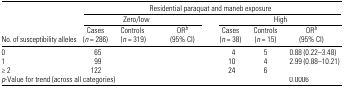
<table><thead><tr><td>[EMPTY_CELL]</td><td colspan="6"><b>Residential paraquat and maneb exposure</b></td></tr><tr><td>[EMPTY_CELL]</td><td colspan="3"><b>Zero/low</b></td><td colspan="3"><b>High</b></td></tr><tr><td><b>No. of susceptibility alleles</b></td><td><b>Cases (<i>n</i> = 286)</b></td><td><b>Controls (<i>n</i> = 319)</b></td><td><b>ORb (95% CI)</b></td><td><b>Cases (<i>n</i> = 38)</b></td><td><b>Controls (<i>n</i> = 15)</b></td><td><b>ORb (95% CI)</b></td></tr></thead><tbody><tr><td>0</td><td>65</td><td>[EMPTY_CELL]</td><td>[EMPTY_CELL]</td><td>4</td><td>5</td><td>0.88 (0.22–3.48)</td></tr><tr><td>1</td><td>99</td><td>[EMPTY_CELL]</td><td>[EMPTY_CELL]</td><td>10</td><td>4</td><td>2.99 (0.88–10.21)</td></tr><tr><td>≥ 2</td><td>122</td><td>[EMPTY_CELL]</td><td>[EMPTY_CELL]</td><td>24</td><td>6</td><td>[EMPTY_CELL]</td></tr><tr><td colspan="6"><i>p</i>-Value for trend (across all categories)</td><td>0.0006</td></tr></tbody></table>